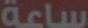
ساعة